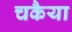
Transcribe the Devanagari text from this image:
चकैया